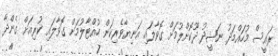
ރައީސް މުހައްމަދު ނަޝީދު ދޫކޮށްލުމަށް ގޮވާލައި އަނިޔާވެރިކަން ހުއްޓާލުމަށް ގޮވާލައި ކުރިއަށް ގެންދާ